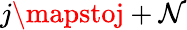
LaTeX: j\mapstoj+\mathcal{N}